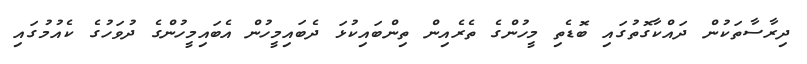
ދިރާސާތަކުން ދައްކާގޮތުގައި ބޮޑެތި މީހުންގެ ތެރެއިން ތިންބައިކުޅަ ދެބައިމީހުން އެބައިމީހުންގެ ދުވަހުގެ ކެއުމުގައި